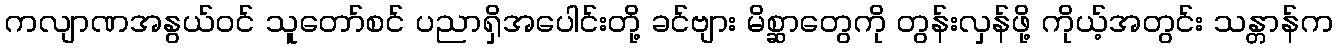
ကလျာဏအနွယ်ဝင် သူတော်စင် ပညာရှိအပေါင်းတို့ ခင်ဗျား မိစ္ဆာတွေကို တွန်းလှန်ဖို့ ကိုယ့်အတွင်း သန္တာန်က